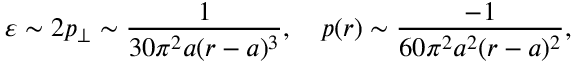
\varepsilon \sim 2 p _ { \perp } \sim \frac { 1 } { 3 0 \pi ^ { 2 } a ( r - a ) ^ { 3 } } , \quad p ( r ) \sim \frac { - 1 } { 6 0 \pi ^ { 2 } a ^ { 2 } ( r - a ) ^ { 2 } } ,